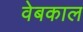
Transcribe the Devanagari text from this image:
वेबकाल